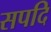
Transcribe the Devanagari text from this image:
सपदि